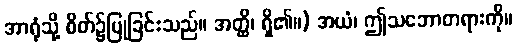
အာရုံသို့ စိတ်၌ပြုခြင်းသည်။ အတ္ထိ၊ ရှိ၏။) အယံ၊ ဤသဘောတရားကို။